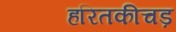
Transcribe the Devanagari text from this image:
हरितकीचड़